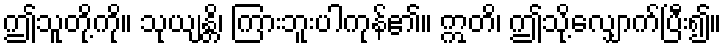
ဤသူတို့ကို။ သုယျန္တိ၊ ကြားဘူးပါကုန်၏။ ဣတိ၊ ဤသို့လျှောက်ပြီး၍။